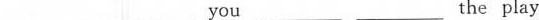
___ ___ you ___ ___ the play